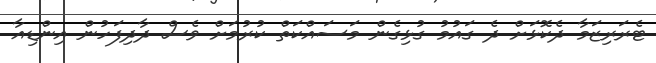
ޓެރަރިޒަމާ ދެކޮޅަށް ދެ ގައުމު ގުޅިގެން މަސައްކަތް ކުރުމަށް ވެސް ދާދިފަހުން އިންޑިއާ